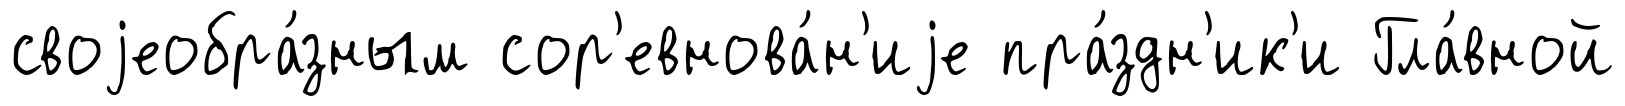
своjеобра́зным сор'евнова́н'иjе пра́здн'ик'и Гла́вной